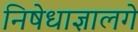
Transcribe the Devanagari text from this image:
निषेधाज्ञालगे